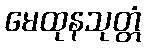
မေထုနသုတ္တံ